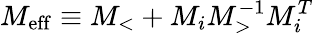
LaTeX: M_{\mathrm{{eff}}}\equiv M_{<}+M_{i}M_{>}^{-1}M_{i}^{T}